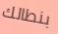
بنطالك